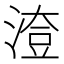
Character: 𣺔